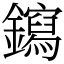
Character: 䥱